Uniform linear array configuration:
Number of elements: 64
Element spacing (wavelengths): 0.5
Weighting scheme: uniform
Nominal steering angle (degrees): -15
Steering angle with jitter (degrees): -13.509
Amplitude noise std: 0.05
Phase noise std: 0.05

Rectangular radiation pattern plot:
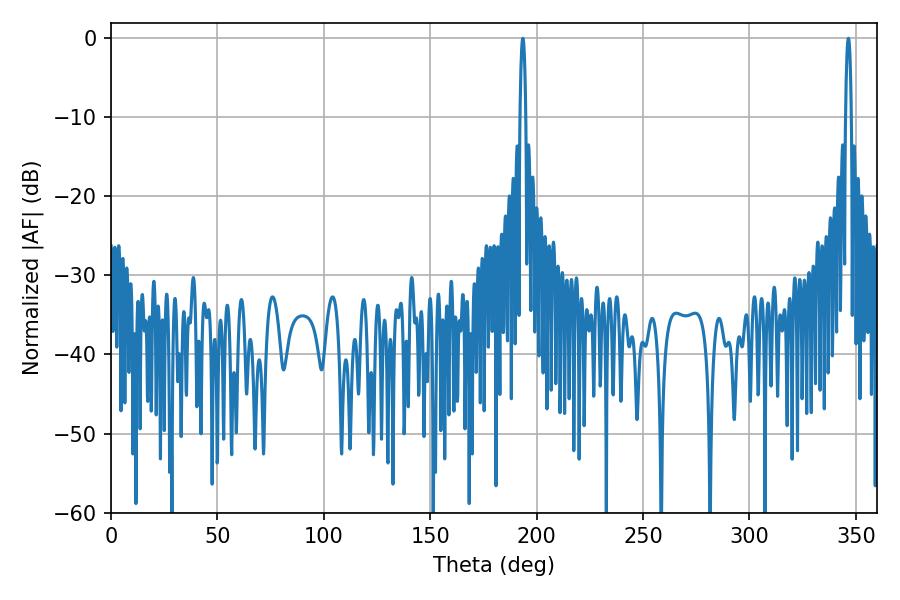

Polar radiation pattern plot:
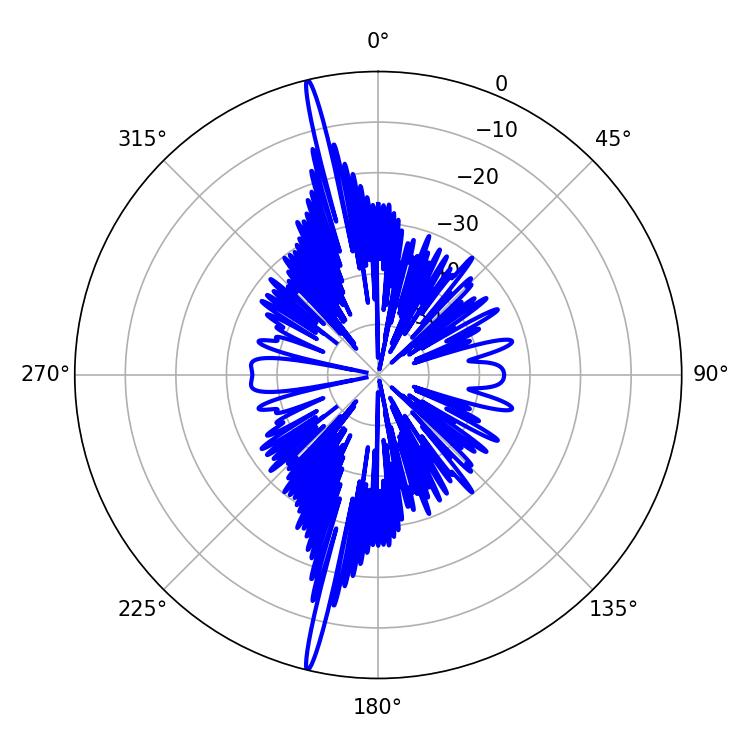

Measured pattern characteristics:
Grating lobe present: FALSE
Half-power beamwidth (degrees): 1.44
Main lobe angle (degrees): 193.5